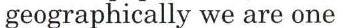
geographically we are one